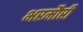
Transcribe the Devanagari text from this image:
भरमौरी